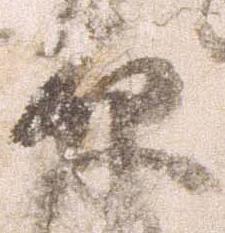
原